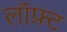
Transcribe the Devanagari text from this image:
लॉफ़्ट